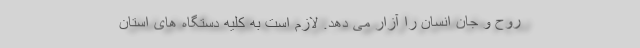
روح و جان انسان را آزار می دهد. لازم است به کلیه دستگاه های استان